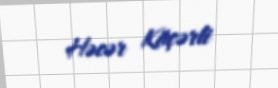
Həcər Köçərli